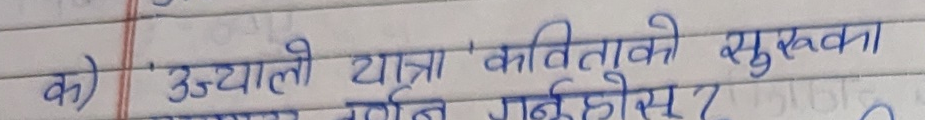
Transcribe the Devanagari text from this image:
क) उज्यालो यात्रा 'कविताको शुरुका शब्दहरूलाई वर्णन गर्नुहोस्?